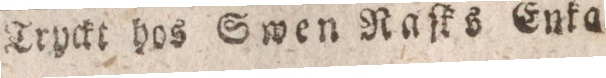
Tryckt hos Swen Naſks Enka.